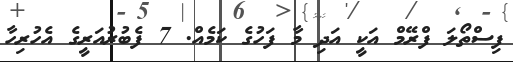
ފިސްތޯލަ ފްރޭމް އަކީ އަދި މާ ފަހުގެ ކަމެއް. 7 ފެބުރުއަރީގެ އެހުރިހާ